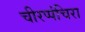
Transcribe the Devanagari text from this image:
चीरप्पंचिरा